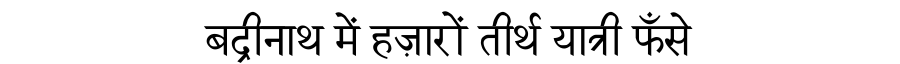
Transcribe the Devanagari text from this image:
बद्रीनाथ में हज़ारों तीर्थ यात्री फँसे